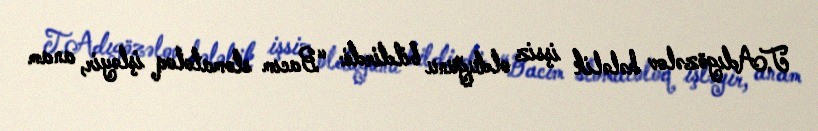
T.Adıgözəlov hələlik işsiz olduğunu bildirdi: “Bacım stomatoloq işləyir, anam